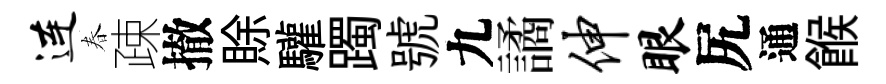
连春疎撤賖驩躅號九譎伸眼尻通餱